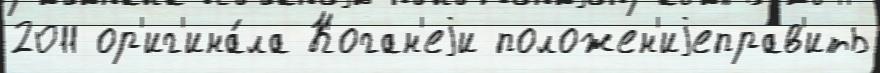
2011 ор'иг'ина́ла Коган'еjи положен'иjеправ'ить